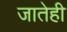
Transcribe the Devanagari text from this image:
जातेही